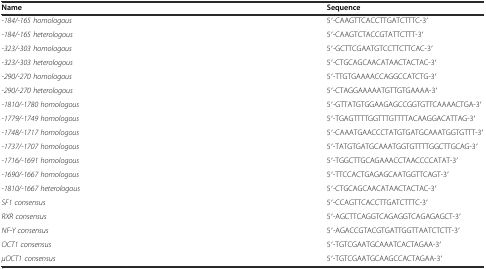
| Name | Sequence |
 | --- | --- |
 | -184/-165 homologous | 5′-CAAGTTCACCTTGATCTTTC-3′ |
 | -184/-165 heterologous | 5′-CAAGTCTACCGTATTCTTT-3′ |
 | -323/-303 homologous | 5′-GCTTCGAATGTCCTTCTTCAC-3′ |
 | -323/-303 heterologous | 5′-CTGCAGCAACATAACTACTAC-3′ |
 | -290/-270 homologous | 5′-TTGTGAAAACCAGGCCATCTG-3′ |
 | -290/-270 heterologous | 5′-CTAGGAAAAATGTTGTGAAAA-3′ |
 | -1810/-1780 homologous | 5′-GTTATGTGGAAGAGCCGGTGTTCAAAACTGA-3′ |
 | -1779/-1749 homologous | 5′-TGAGTTTTGGTTTGTTTTACAAGGACATTAG-3′ |
 | -1748/-1717 homologous | 5′-CAAATGAACCCTATGTGATGCAAATGGTGTTT-3′ |
 | -1737/-1707 homologous | 5′-TATGTGATGCAAATGGTGTTTTGGCTTGCAG-3′ |
 | -1716/-1691 homologous | 5′-TGGCTTGCAGAAACCTAACCCCATAT-3′ |
 | -1690/-1667 homologous | 5′-TTCCACTGAGAGCAATGGTTCAGT-3′ |
 | -1810/-1667 heterologous | 5′-CTGCAGCAACATAACTACTAC-3′ |
 | SF1 consensus | 5′-CCAGTTCACCTTGATCTTTC-3′ |
 | RXR consensus | 5′-AGCTTCAGGTCAGAGGTCAGAGAGCT-3′ |
 | NF-Y consensus | 5′-AGACCGTACGTGATTGGTTAATCTCTT-3′ |
 | OCT1 consensus | 5′-TGTCGAATGCAAATCACTAGAA-3′ |
 | μOCT1 consensus | 5′-TGTCGAATGCAAGCCACTAGAA-3′ |